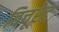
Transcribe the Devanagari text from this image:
बिचूरेट